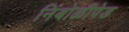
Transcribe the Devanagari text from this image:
निंबोळीपेड